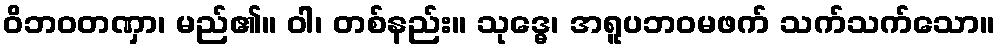
ဝိဘဝတဏှာ၊ မည်၏။ ဝါ၊ တစ်နည်း။ သုဒ္ဓေ၊ အရူပဘဝမဖက် သက်သက်သော။